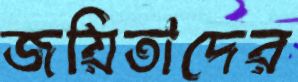
জয়িতাদের